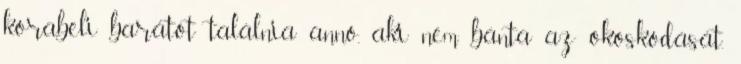
korabeli barátot találnia anno, aki nem bánta az okoskodását.